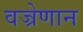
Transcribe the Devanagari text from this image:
वज्रेणान